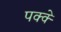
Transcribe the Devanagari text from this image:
पक्‍क्‍े